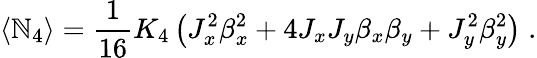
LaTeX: \langle\mathbb{N}_{4}\rangle=\frac{{1}}{{16}}K_{4}\left(J_{x}^{2}\beta_{x}^{2}+4J_{x}J_{y}\beta_{x}\beta_{y}+J_{y}^{2}\beta_{y}^{2}\right)\; .